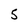
Character: 5